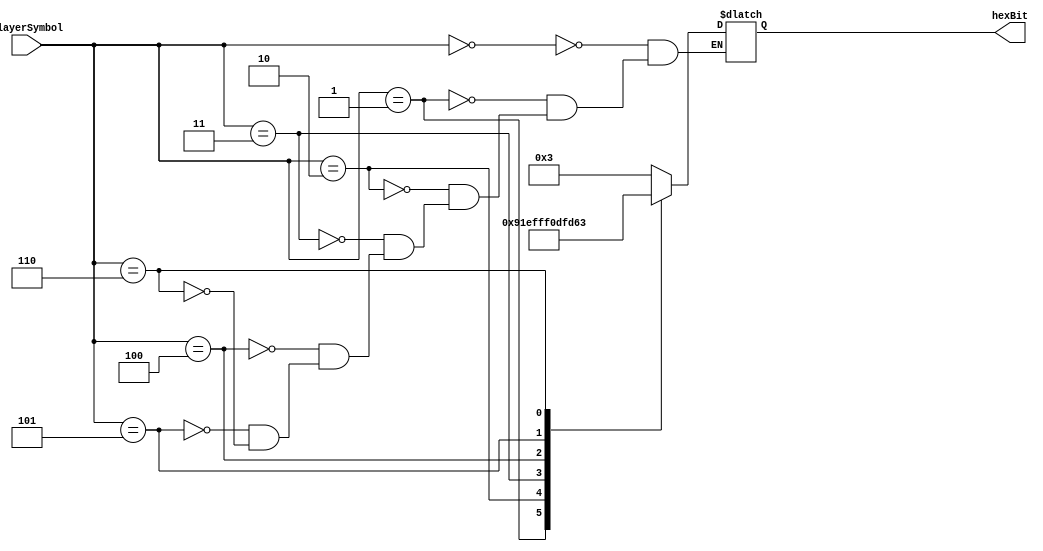
//////////////////////////////////////////////////
// parameter
// if playerSymbol = 2'b00, then return 0
// if playerSymol = 2'b01, then return X
// if playerSymbol = 2'b10, then return Unders
// if playerSymbol = 2'b11, then return " "




module playerTurnDecoder (playerSymbol, hexBit);

input [3:0] playerSymbol;
output [7:0] hexBit;

reg [7:0] myValue;

always @(playerSymbol) begin

	case(playerSymbol)
	
		2'b00: myValue = 8'b00000011; //
		2'b01: myValue = 8'b10010001;
		2'b10: myValue = 8'b11101111;
		2'b11: myValue = 8'b11111111; 
		
		3'b100: myValue = 8'b00001101; // sideway W
		3'b101: myValue = 8'b11111101; // sideway i
		3'b110: myValue = 8'b01100011; // sideway n
		
	endcase

end

assign hexBit = myValue;

endmodule